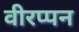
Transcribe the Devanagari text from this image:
वीरप्पन